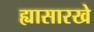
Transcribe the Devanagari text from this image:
ह्यासारखे